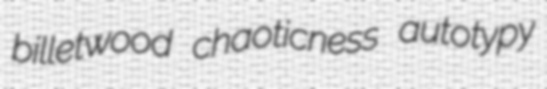
billetwood chaoticness autotypy